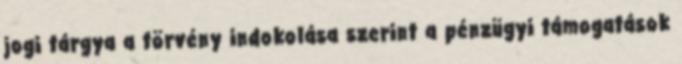
jogi tárgya a törvény indokolása szerint a pénzügyi támogatások